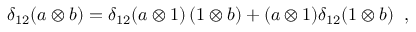
\delta _ { 1 2 } ( a \otimes b ) = \delta _ { 1 2 } ( a \otimes 1 ) \, ( 1 \otimes b ) + ( a \otimes 1 ) \delta _ { 1 2 } ( 1 \otimes b ) \; \; ,